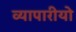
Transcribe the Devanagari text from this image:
व्यापारीयो